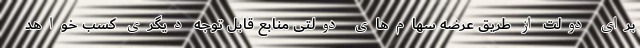
برای دولت از طریق عرضه سهام‌های دولتی منابع قابل توجه دیگری کسب خواهد